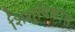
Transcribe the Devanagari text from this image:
शिशुविकास